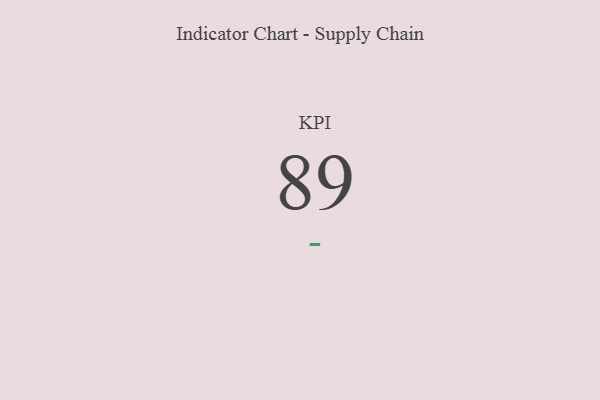
{"axis": {"x": "KPI", "y": "Value"}, "legend": [""], "data": [{"x": "KPI", "y": 89, "type": ""}]}